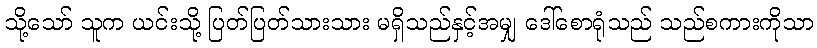
သို့သော် သူက ယင်းသို့ ပြတ်ပြတ်သားသား မရှိသည်နှင့်အမျှ ဒေါ်စောရုံသည် သည်စကားကိုသာ